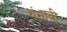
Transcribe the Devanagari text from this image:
थंभावी